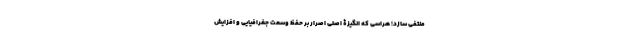
منتفی سازد؛ هراسی که انگیزۀ اصلی اصرار بر حفظ وسعت جغرافیایی و افزایش